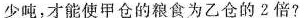
少吨，才能使甲仓的粮食为乙仓的2倍?